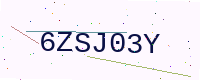
Text: 6ZSJ03Y